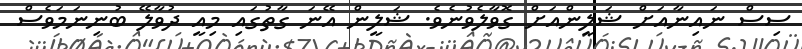
ސިސް ނައިނާއަށް ޝަލީންއަށް ގޮވާލެވުުނެވެ. ޝަލީން އޭނަ ގާތުގައި މިއީ ދުވާލޭ ބުނިނަމަވެސް